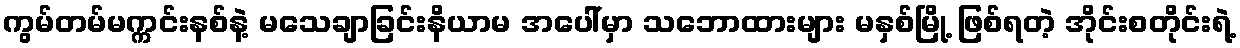
ကွမ်တမ်မက္ကင်းနစ်နဲ့ မသေချာခြင်းနိယာမ အပေါ်မှာ သဘောထားများ မနှစ်မြို့ ဖြစ်ရတဲ့ အိုင်းစတိုင်းရဲ့